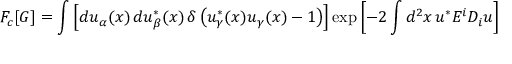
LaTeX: F _ { c } [ G ] = \int \left[ d u _ { \alpha } ( x ) \, d u _ { \beta } ^ { * } ( x ) \, \delta \left( u _ { \gamma } ^ { * } ( x ) u _ { \gamma } ( x ) - 1 \right) \right] \exp \left[ - 2 \int d ^ { 2 } x \, u ^ { * } E ^ { i } D _ { i } u \right]